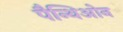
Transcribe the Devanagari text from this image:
पैन्थिओन